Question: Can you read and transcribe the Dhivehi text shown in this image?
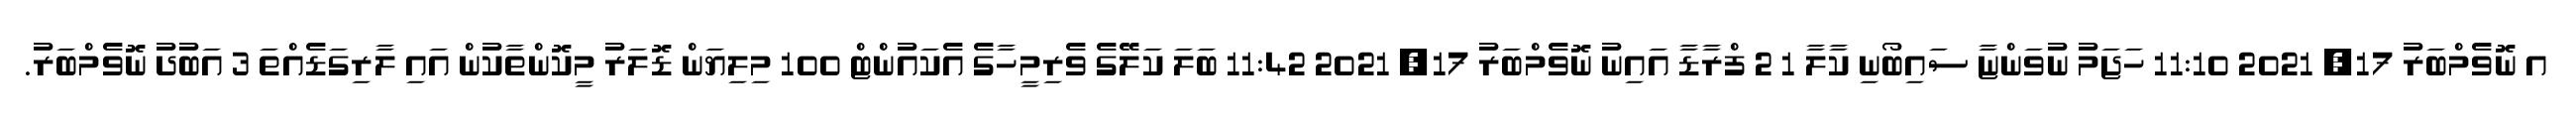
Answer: އ ނޮވެމްބަރު 17, 2021 11:10 ހަޖަމު ނުވަންޏާ ސައިބޯނި ކާލާ 1 2 ފްރާޑާ އައިނު ނޮވެމްބަރު 17, 2021 11:42 ބަލަ ކަލޭގެ ވެރިމީހާގެ އެކައުންޓް 100 މިލިޔަން ޑޮލަރު މީކޮންތާކުން އައި ލާރިގަޑެއްތަ 3 އަބުދު ނޮވެމްބަރު.